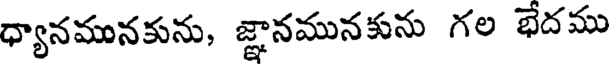
ధ్యానమునకును, జ్ఞానమునకును గల భేదము